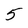
Character: 5